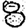
Digit: 8